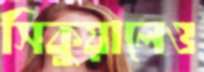
সিকুয়ালেও